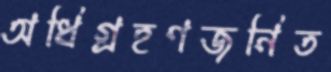
অধিগ্রহণজনিত